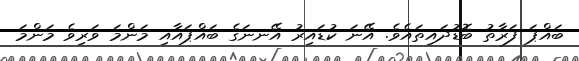
ބައްޕަ ފަރާތު ބޮޑުދައިތައެވެ. އޭނަ ކުޑައިރު އޭނނަގެ ބައްޕައާއި މަންމަ ވަރިވެ މަންމަ